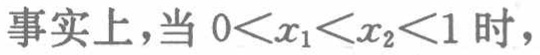
事实上，当 \(0<x_{1}<x_{2}<1\) 时，